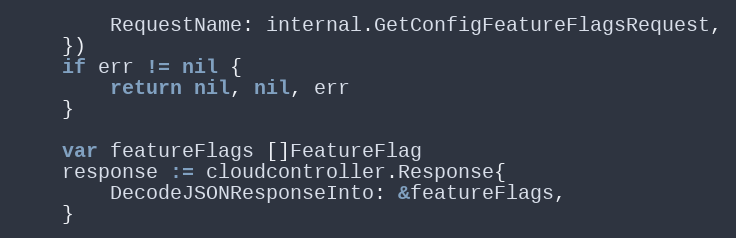
Language: Go
		RequestName: internal.GetConfigFeatureFlagsRequest,
	})
	if err != nil {
		return nil, nil, err
	}

	var featureFlags []FeatureFlag
	response := cloudcontroller.Response{
		DecodeJSONResponseInto: &featureFlags,
	}